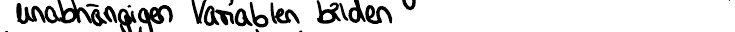
unabhängigen Variablen bilden